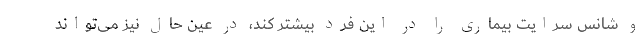
و شانس سرایت بیماری را در این فرد بیشتر کند، در عین حال نیز می‌تواند